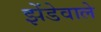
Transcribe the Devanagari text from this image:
झेंडेवाले